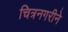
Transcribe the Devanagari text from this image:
चित्रनगरीने